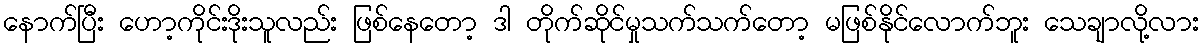
နောက်ပြီး ဟော့ကိုင်းဒိုးသူလည်း ဖြစ်နေတော့ ဒါ တိုက်ဆိုင်မှုသက်သက်တော့ မဖြစ်နိုင်လောက်ဘူး သေချာလို့လား